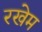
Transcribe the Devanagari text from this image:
रखेम